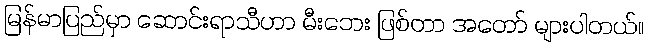
မြန်မာပြည်မှာ ဆောင်းရာသီဟာ မီးဘေး ဖြစ်တာ အတော် များပါတယ်။